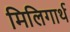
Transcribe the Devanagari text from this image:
मिलिगार्थ